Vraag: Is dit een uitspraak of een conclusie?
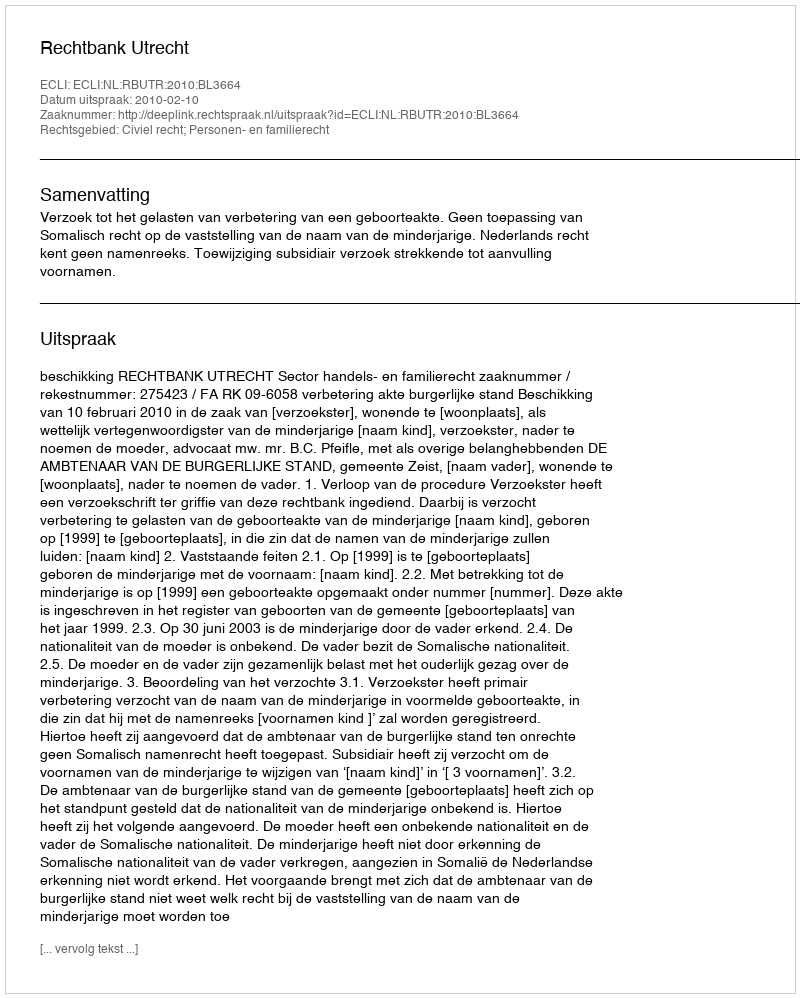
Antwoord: Uitspraak